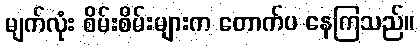
မျက်လုံး စိမ်းစိမ်းများက တောက်ပ နေကြသည်။